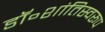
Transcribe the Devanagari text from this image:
डॉ॰शांतिस्वरूप